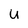
Character: U